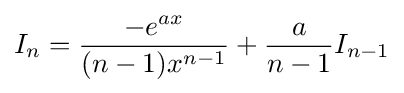
I_{n}={\frac {-e^{ax}}{(n-1)x^{n-1}}}+{\frac {a}{n-1}}I_{n-1}\,\!